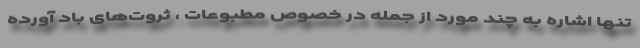
تنها اشاره به چند مورد از جمله در خصوص مطبوعات ، ثروت‌های باد آورده